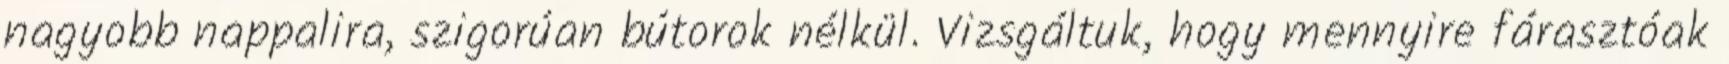
nagyobb nappalira, szigorúan bútorok nélkül. Vizsgáltuk, hogy mennyire fárasztóak